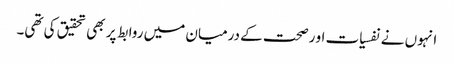
انہوں نے نفسیات او رصحت کے درمیان میں روابط پر بھی تحقیق کی تھی۔